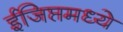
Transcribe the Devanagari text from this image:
ईजिप्तमध्ये